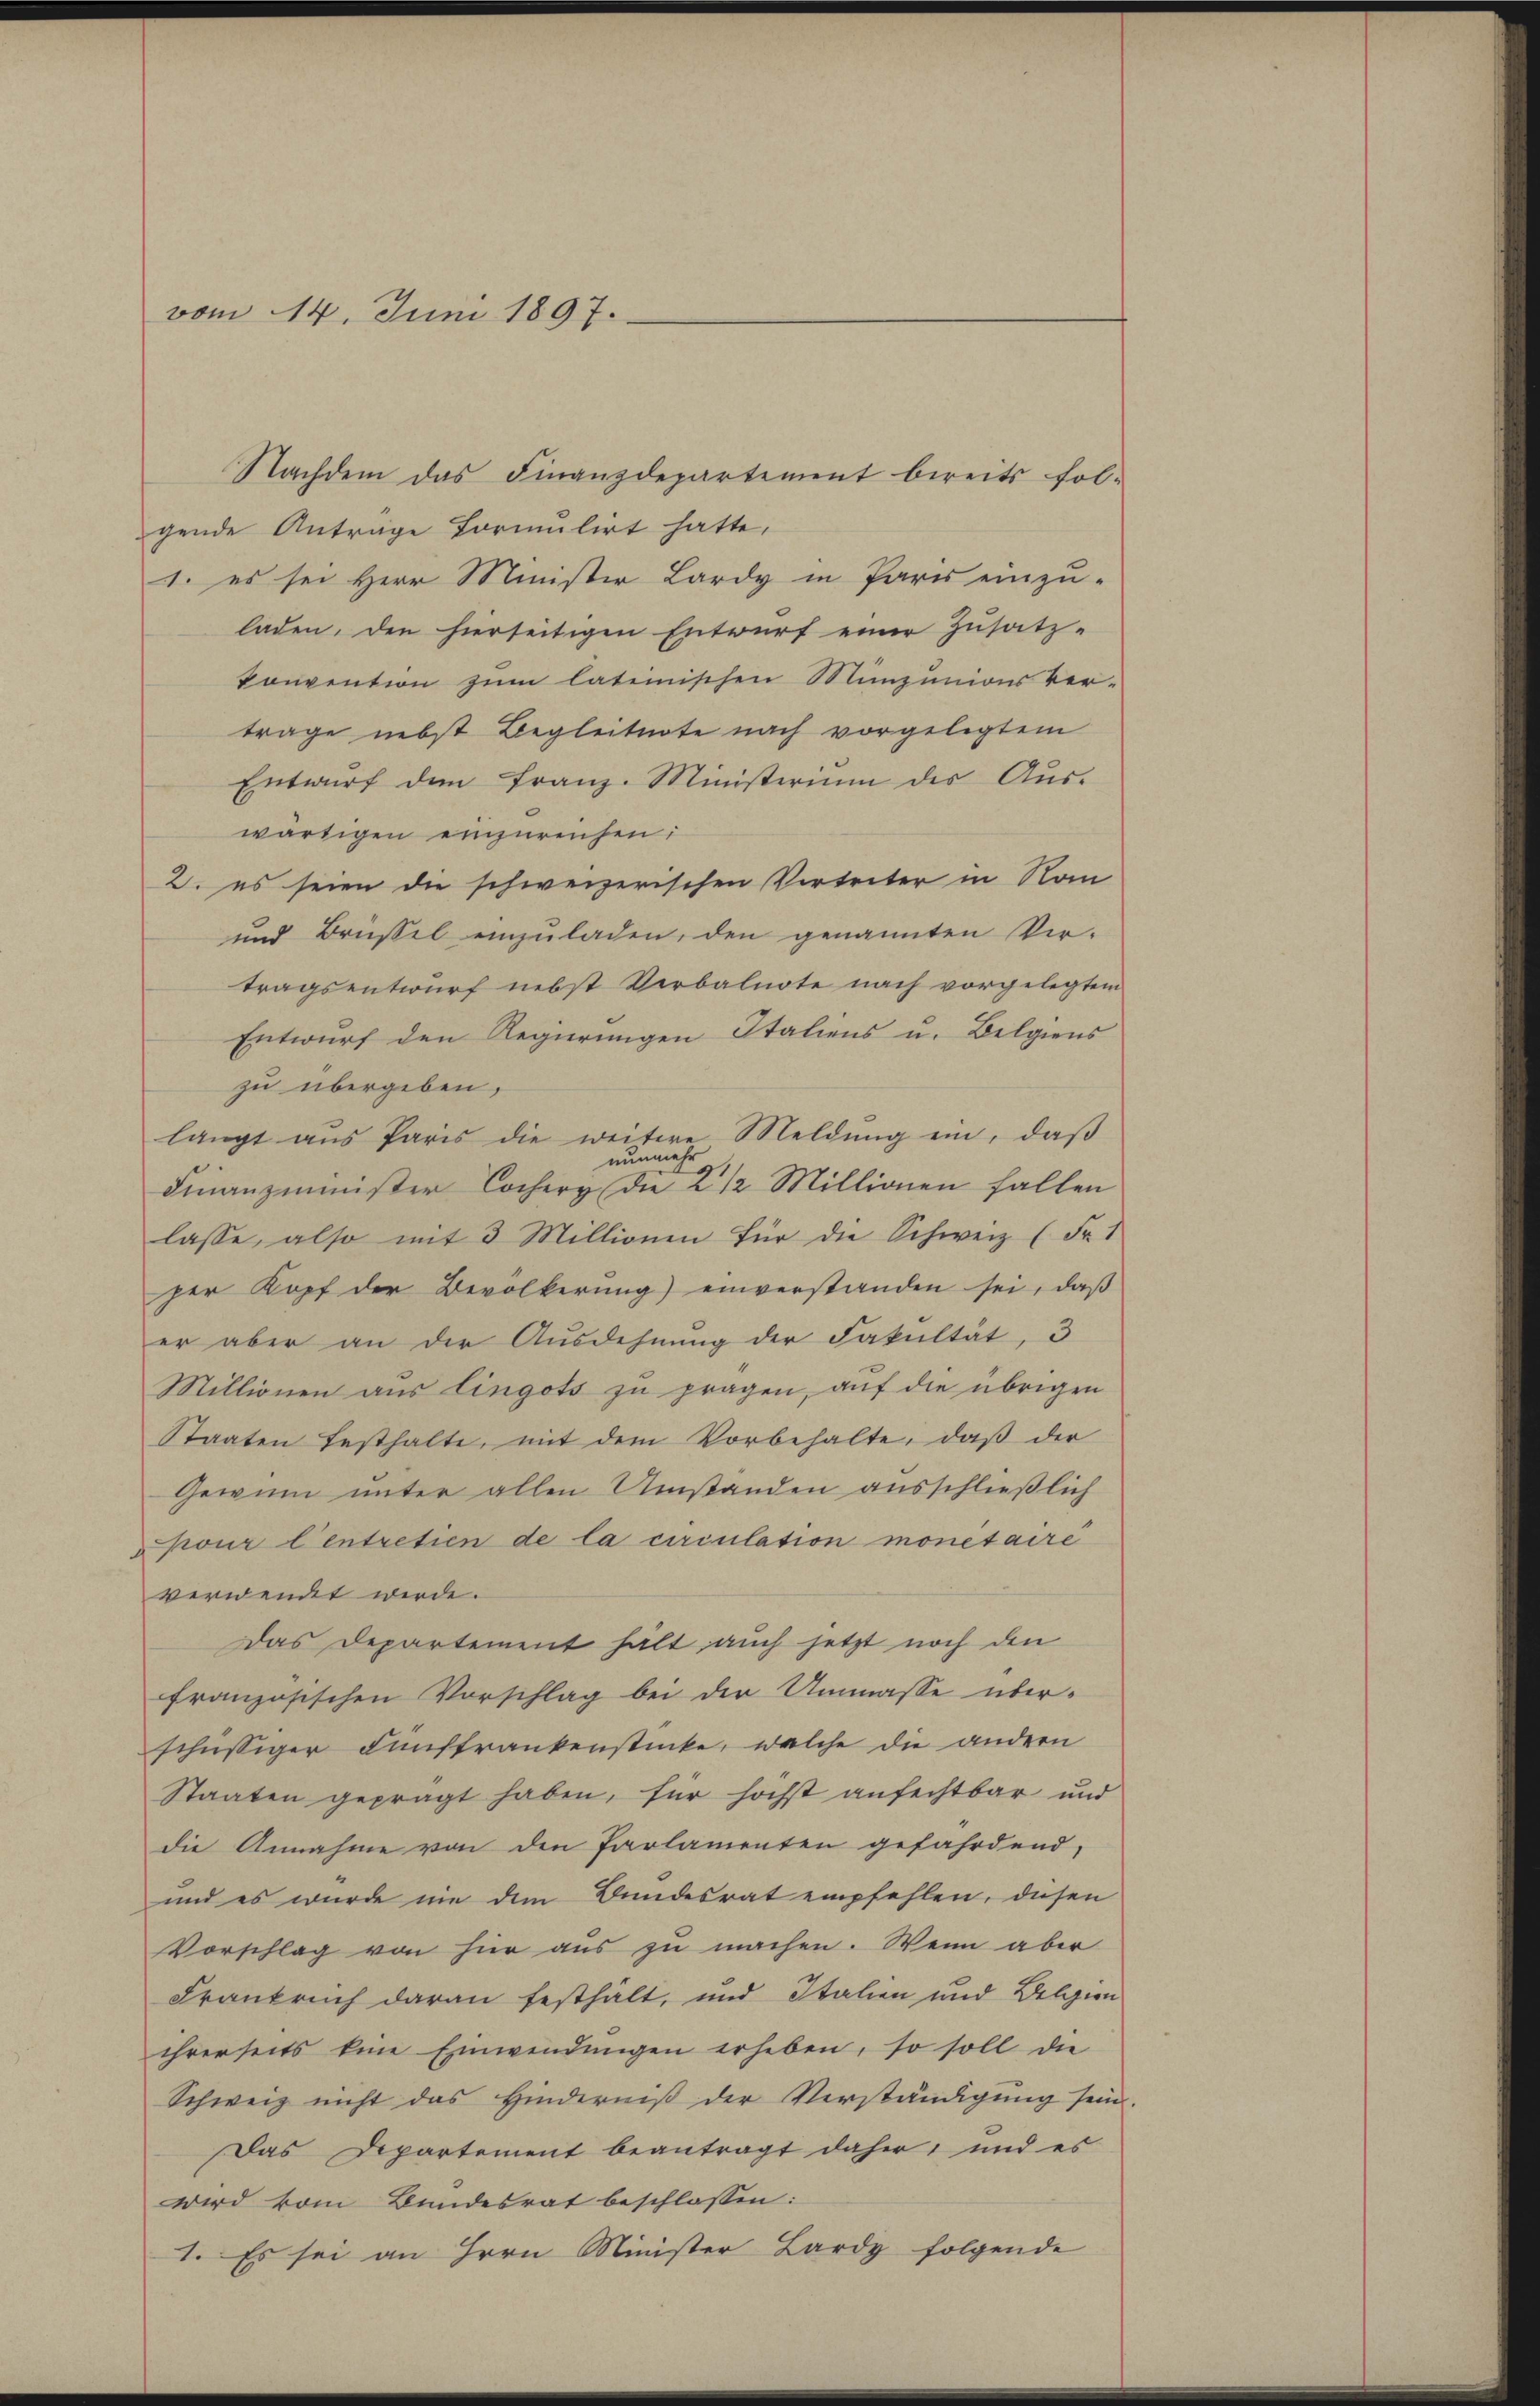
vom 14. Juni 1897.

Nachdem das Finanzdepartement bereits fol-
gende Anträge formulirt hatte,
1. es sei Herr Minister Lardy in Paris einzu-
laden, den hierseitigen Entwurf einer Zusatz-
konvention zum lateinischen Munzunions Ver-
trage nebst Begleitnote nach vorgelegtem
Entwurf dem Franz-Ministerium der Auswärtigen einzureichen:
2. es seien die schweizerischen Vertreter in Nan
und Brüssel einzuladen, den genannten Vertragsentwurf nebst Verbalnote nach vorgelegtem
Entwurf den Regierungen Italiens u. Belgiens
zu übergeben,
langt aus Paris die weitere Meldung ein, daß
nunme
e
t
Finanzminister Cocher die 2 1/2 Millionen fallen
lasse, also mit 3 Millionen für die Schweiz (Fr. 1
per Kopf der Bevölkerung) einverstanden sei, daß
er aber an der Ausdehnung der Fakultät, 3
Millionen aus Eingots zu pragen, auf die übrigen
Staaten festhalte, mit dem Vorbehalte, daß der
Gewinn unter allen Umständen ausschließlich
pour l’entretien de la circulation monetaire
verwendt werde.
Das Departement hält auch jetzt noch den
französischen Vorschlag bei der Ummasse über-
schüssiger Fünffrankenstücke, welche die andern
Staaten geprägt haben, für höchst anfechtbar und
die Annahme von den Parlamenten gefährdend,
und es wurde nie dem Bundesrat empfehlen, diesen
Vorschlag von für aus zu machen. Wenn aber
Frankruch daran festhält, und Italien und Belgien
ihrerseits eine Einwendŭngen erheben, so soll die
Schweiz nicht das Hinderniß der Verständigung sein.
Das Departement beantragt daher, und es
wird vom Bundesrat beschlossen:
1. Es sei an Herrn Minister Lardy folgende